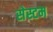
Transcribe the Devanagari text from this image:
सेस्टम